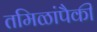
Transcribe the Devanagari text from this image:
तमिळांपैकी